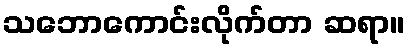
သဘောကောင်းလိုက်တာ ဆရာ။